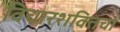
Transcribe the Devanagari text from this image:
विचारशक्तिचा